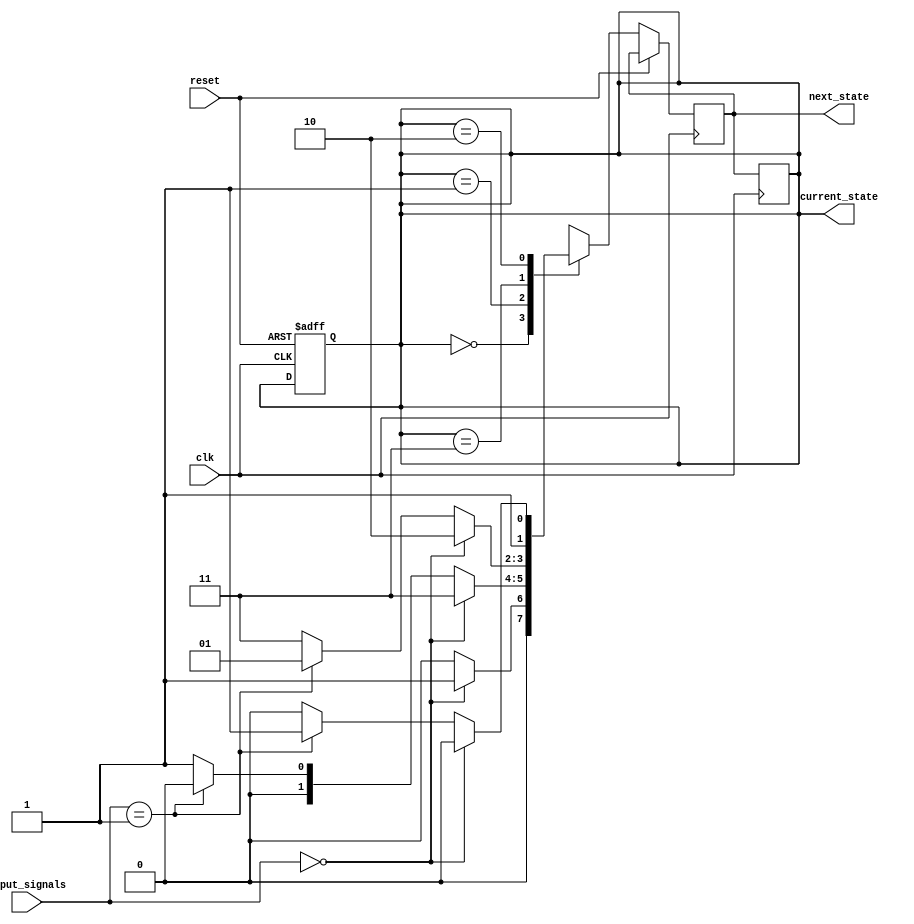
module GrayStateMachine(
    input wire clk,
    input wire reset,
    input wire [1:0] input_signals,
    output reg [1:0] current_state,
    output reg [1:0] next_state
);

// Define states
parameter S0 = 2'b00;
parameter S1 = 2'b01;
parameter S2 = 2'b11;
parameter S3 = 2'b10;

// Define Gray code state transitions
always @(posedge clk or posedge reset) begin
    if (reset) begin
        current_state <= S0;
    end else begin
        case(current_state)
            S0: begin
                if (input_signals == 2'b00) begin
                    next_state <= S1;
                end else if (input_signals == 2'b01) begin
                    next_state <= S0;
                end else begin
                    next_state <= S0;
                end
            end
            S1: begin
                if (input_signals == 2'b00) begin
                    next_state <= S2;
                end else if (input_signals == 2'b01) begin
                    next_state <= S0;
                end else begin
                    next_state <= S1;
                end
            end
            S2: begin
                if (input_signals == 2'b00) begin
                    next_state <= S3;
                end else if (input_signals == 2'b01) begin
                    next_state <= S1;
                end else begin
                    next_state <= S2;
                end
            end
            S3: begin
                if (input_signals == 2'b00) begin
                    next_state <= S3;
                end else if (input_signals == 2'b01) begin
                    next_state <= S2;
                end else begin
                    next_state <= S3;
                end
            end
        endcase
    end
end

// Update current state
always @(posedge clk) begin
    current_state <= next_state;
end

endmodule